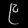
Digit: ၉